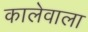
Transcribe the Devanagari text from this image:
कालेवाला